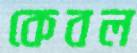
কেবল